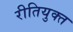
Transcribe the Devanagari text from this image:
रीतियुक्त